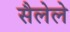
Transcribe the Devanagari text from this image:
सैलेले